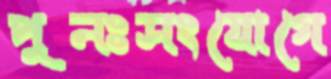
পুনঃসংযোগে